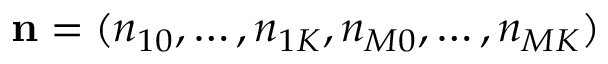
\mathbf { n } = ( n _ { 1 0 } , \ldots , n _ { 1 K } , n _ { M 0 } , \ldots , n _ { M K } )